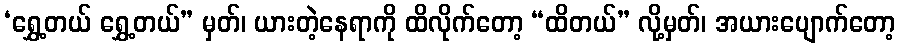
‘ရွှေ့တယ် ရွှေ့တယ်” မှတ်၊ ယားတဲ့နေရာကို ထိလိုက်တော့ “ထိတယ်” လို့မှတ်၊ အယားပျောက်တော့